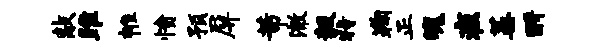
敲雎帷愤预屏芾澈毅特鞠正魄疽蒿酹